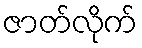
ဇာတ်လိုက်